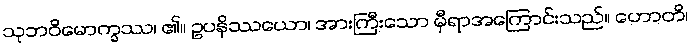
သုဘဝိမောက္ခဿ၊ ၏။ ဥပနိဿယော၊ အားကြီးသော မှီရာအကြောင်းသည်။ ဟောတိ၊